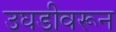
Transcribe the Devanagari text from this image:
उघडीवरून